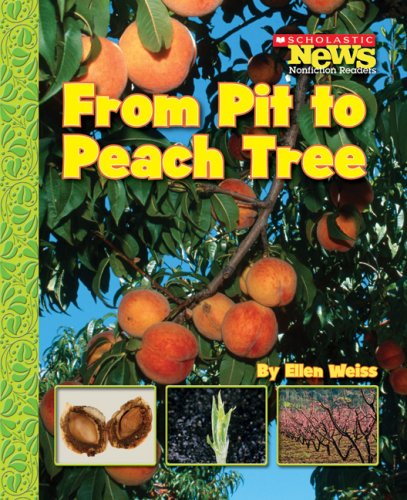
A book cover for From Pit to Peach Tree (Scholastic News Nonfiction Readers: How Things Grow); Ellen Weiss; Children's Books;